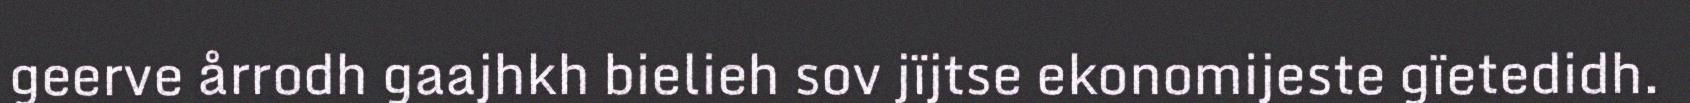
geerve årrodh gaajhkh bielieh sov jïjtse ekonomijeste gïetedidh.